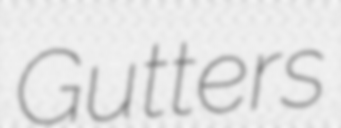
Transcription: Gutters